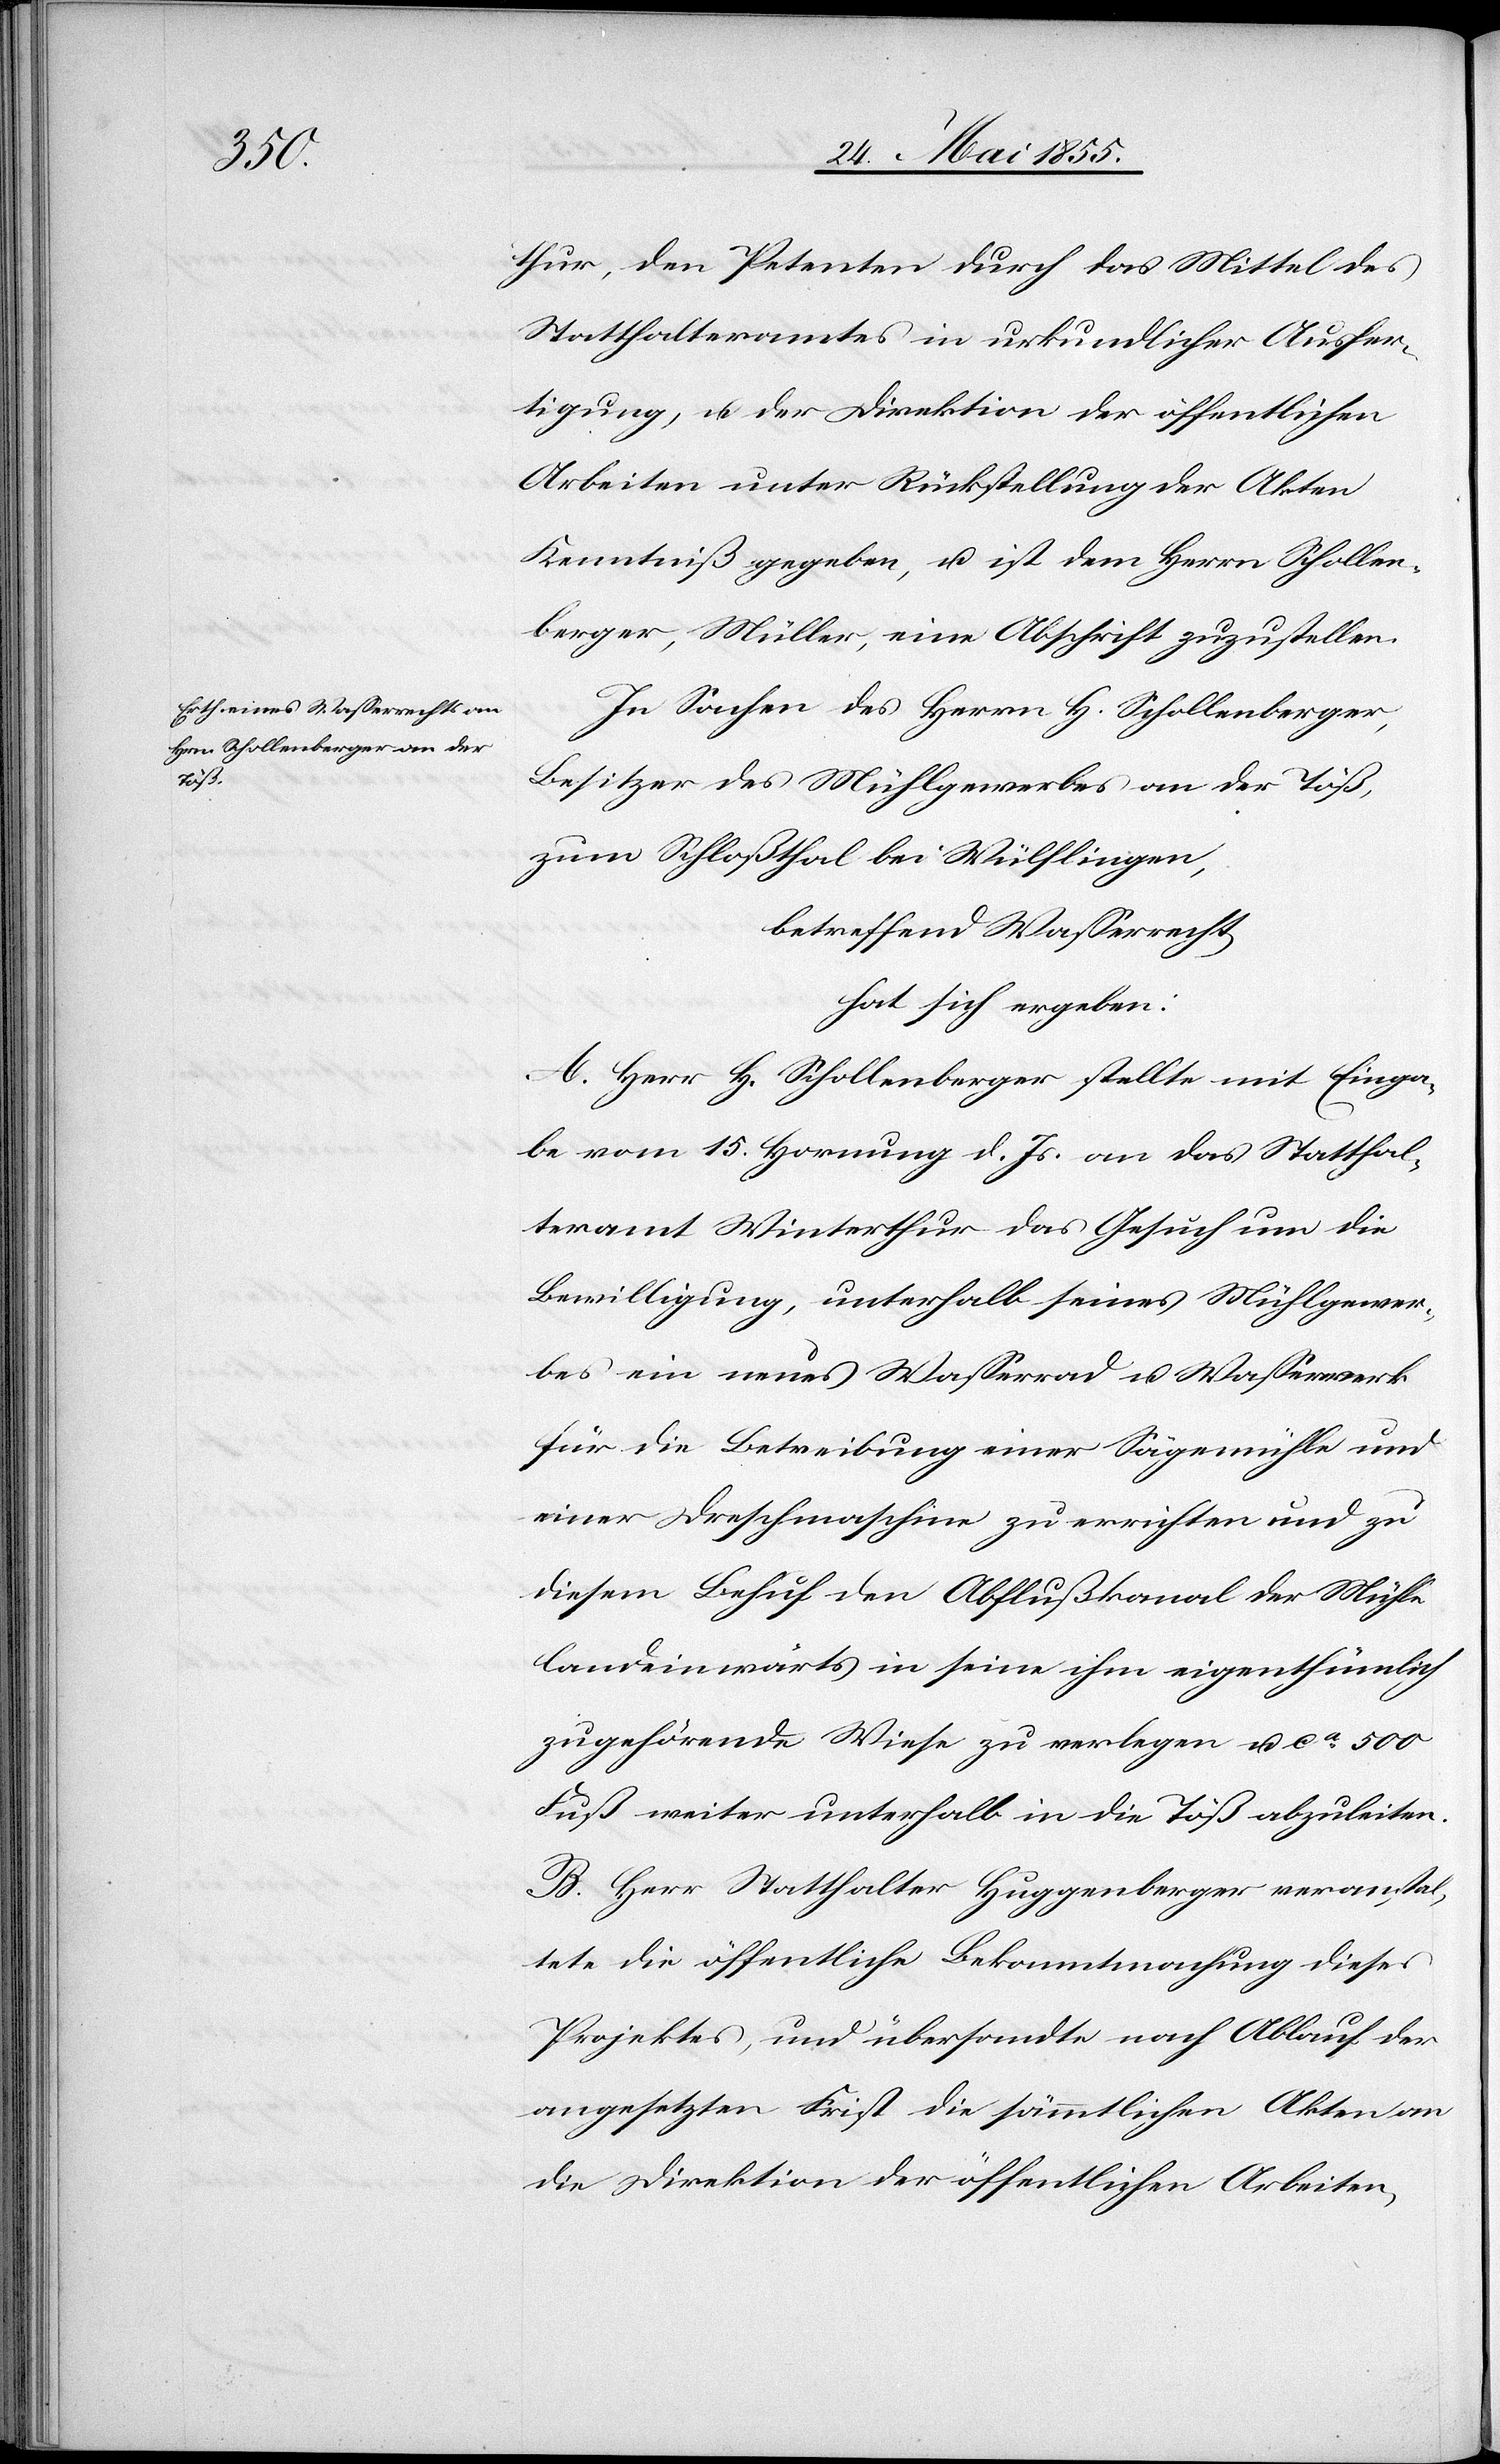
thur, den Petenten durch das Mittel des
Statthalteramtes in urkundlicher Ausfer¬
tigung, u. der Direktion der öffentlichen
Arbeiten unter Rückstellung der Akten
Kenntniß gegeben, u. ist dem Herrn Schollen¬
berger, Müller, eine Abschrift zuzustellen.
In Sachen des Herrn H. Schollenberger,
Besitzer des Mühlgewerbes an der Töß,
zum Schloßthal bei Wülflingen,
betreffend Wasserrecht,
hat sich ergeben:
A. Herr H. Schollenberger stellte mit Einga¬
be vom 15. Hornung d. Js. an das Statthal¬
teramt Winterhur das Gesuch um die
Bewilligung, unterhalb seines Mühlgewer¬
bes ein neues Wasserrad u. Wasserwerk
für die Betreibung einer Sägemühle und
einer Dreschmaschine zu errichten und zu
diesem Behuf den Abflußkanal der Mühle
landeinwärts in seine ihm eigenthümlich
zugehörende Wiese zu verlegen u. ca 500
Fuß weiter unterhalb in die Töß abzuleiten.
B. Herr Statthalter Huggenberger veranstal¬
tete die öffentliche Bekanntmachung dieses
Projektes, und übersandte nach Ablauf der
angesetzten Frist die sämmtlichen Akten an
die Direktion der öffentlichen Arbeiten,